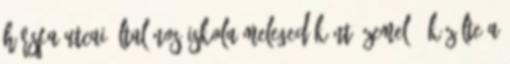
Hársfa utcai általános iskola melegedőként üzemel - közölte a